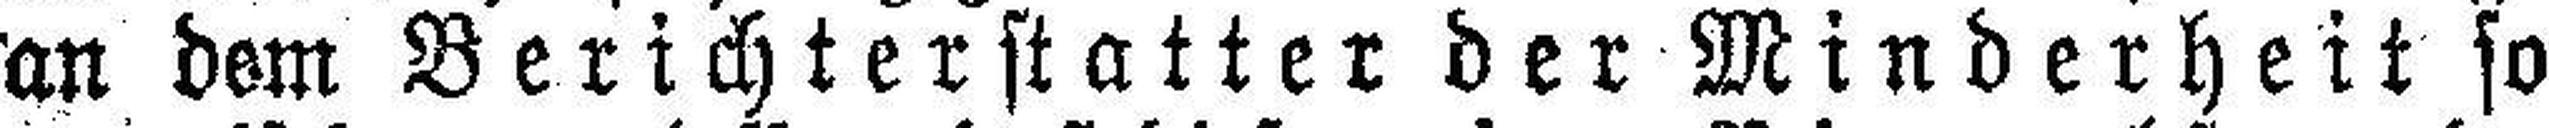
an dem Berichterstatter der Minderheit so